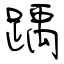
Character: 踽